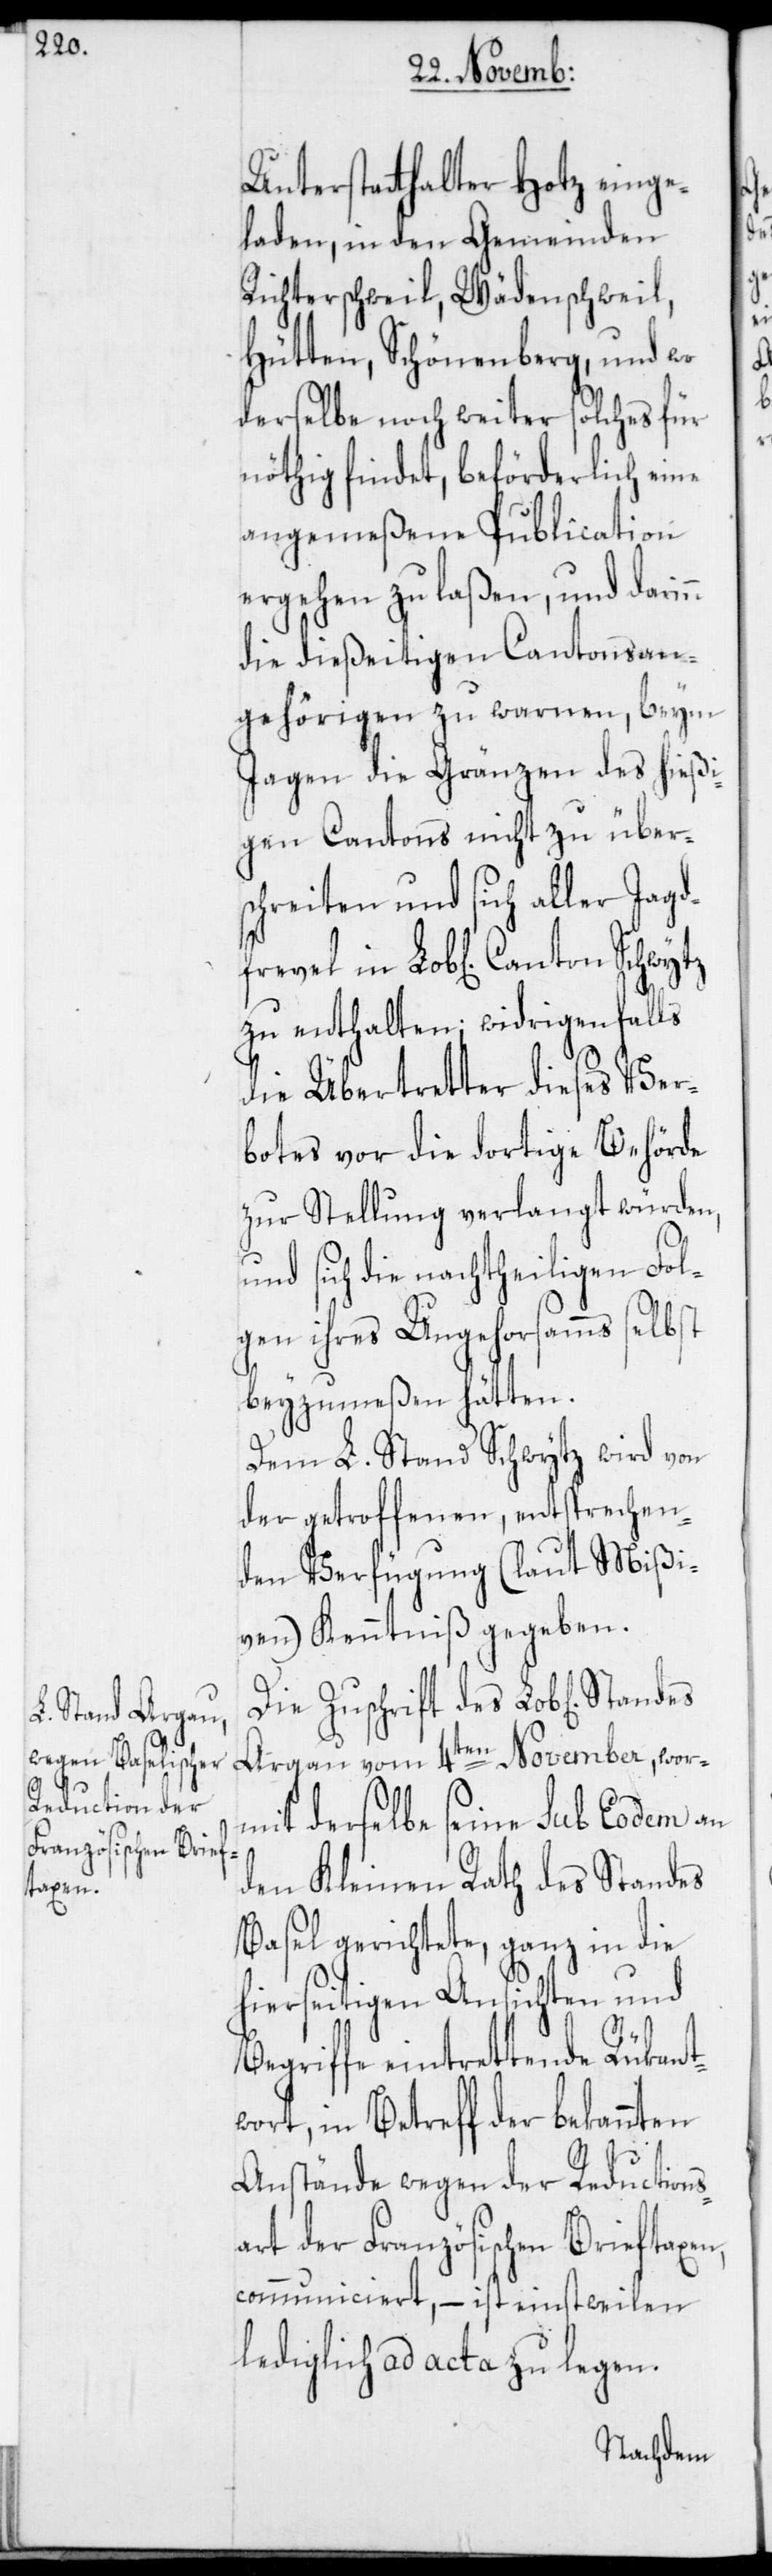
Unterstatthalter Hotz einge¬
laden, in den Gemeinden
Richterschweil, Wädenschweil,
Hütten, Schönenberg, und wo
derselbe noch weiter solches für
nöthig findet, beförderlich eine
angemeßene Publication
ergehen zu laßen, und darinn
die dießeitigen Cantonsan¬
gehörigen zu warnen, beym
Jagen die Gränzen des hießi¬
gen Cantons nicht zu über¬
schreiten und sich aller Jagd¬
frevel in Lob[lichem] Canton
zu enthalten; widrigenfalls
die Übertretter dieses Ver¬
botes vor die dortige Behörde
zur Stellung verlangt würden,
und sich die nachtheiligen Fol¬
gen ihres Ungehorsamms selbst
beyzumeßen hätten.
Dem L. Stand Schwytz wird von
der getroffenen, entsprechen¬
den Verfügung (laut Mißi¬
ven) Kenntniß gegeben.
Die Zuschrift des Lob[lichen]
Argau vom 4ten November, wor¬
mit derselbe seine sub Eodem an
den Kleinen Rath des Standes
Basel gerichtete, ganz in die
hierseitigen Ansichten und
Begriffe eintrettende Rükant¬
wort, in Betreff der bekannten
Anstände wegen der Reductions¬
art der Französischen Brieftaxen,
communiciert, – ist einstweilen
lediglich ad acta zu legen.